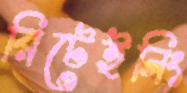
রিটেইনিং